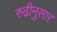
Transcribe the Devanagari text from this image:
रुढीनुसार